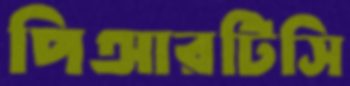
পিআরটিসি